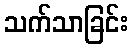
သက်သာခြင်း